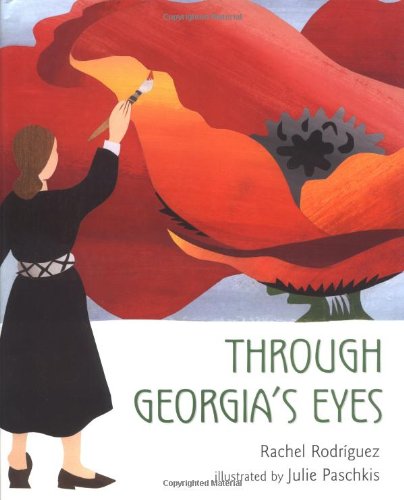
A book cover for Through Georgia's Eyes; Rachel Victoria Rodriguez; Children's Books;